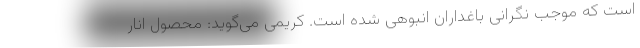
است که موجب نگرانی باغداران انبوهی شده است. کریمی می‌گوید: محصول انار